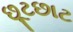
છૂટછાટ